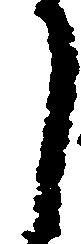
月